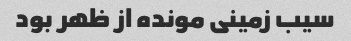
سیب زمینی مونده از ظهر بود